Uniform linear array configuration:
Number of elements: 16
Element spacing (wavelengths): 0.5
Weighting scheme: kaiser
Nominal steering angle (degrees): -15
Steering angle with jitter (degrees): -16.437
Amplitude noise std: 0.05
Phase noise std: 0.05

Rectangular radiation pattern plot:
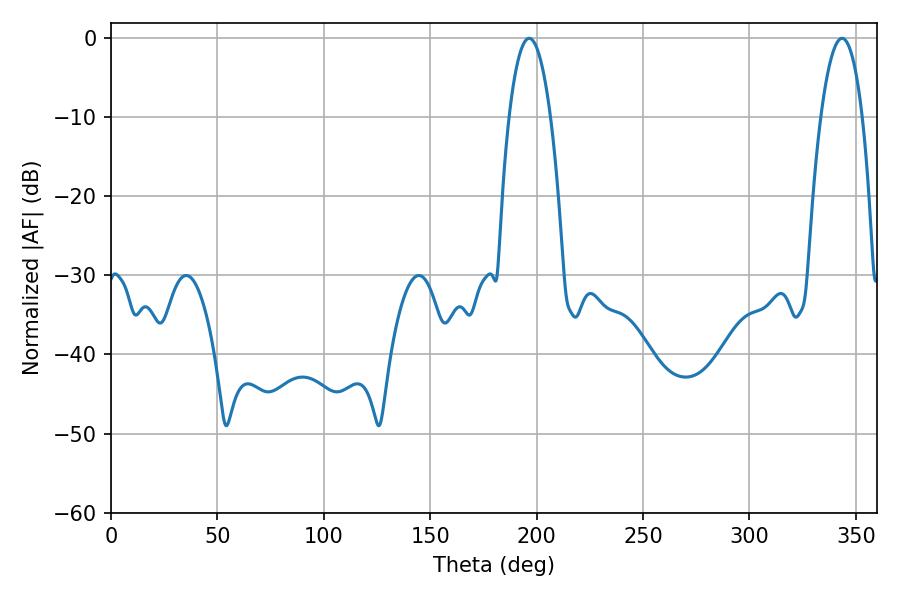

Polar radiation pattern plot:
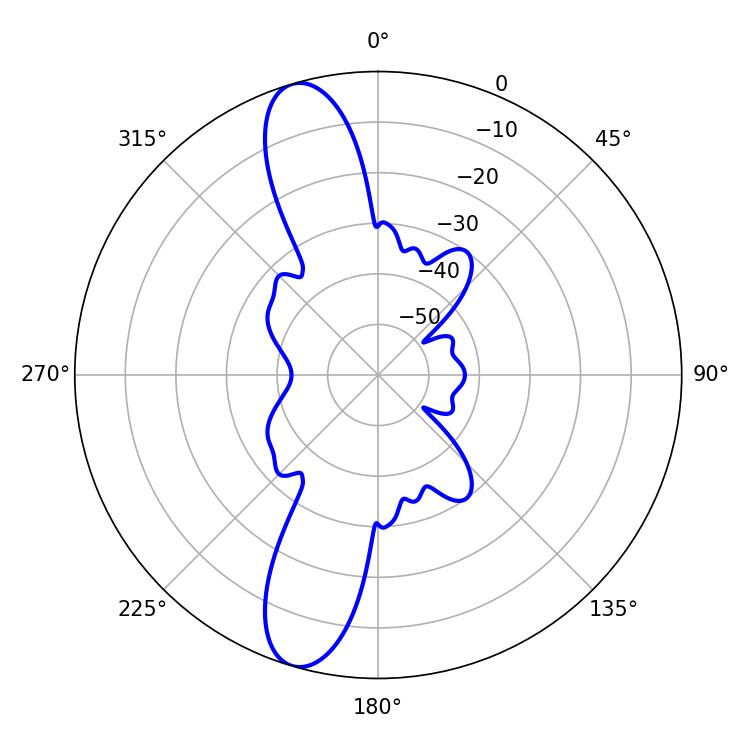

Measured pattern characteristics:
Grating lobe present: FALSE
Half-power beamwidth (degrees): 10.8
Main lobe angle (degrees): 196.56